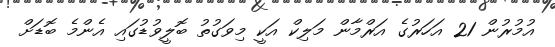
އުމުރުން 21 އަހަރުގެ އަރްމާން މަލިކް އަކީ މިވަގުތު ބޮލީވުޑުގައި އެންމެ ބޮޑަށް